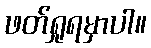
ဖတ်ရှုရမှာပါ။